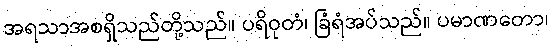
အရသာအစရှိသည်တို့သည်။ ပရိဝုတံ၊ ခြံရံအပ်သည်။ ပမာဏတော၊